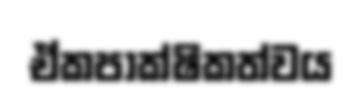
ඒකපාක්ෂිකත්වය